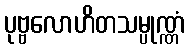
ပုဗ္ဗလောဟိတသမ္ပုဏ္ဏံ